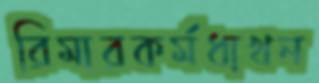
রিমারকর্মধাখন